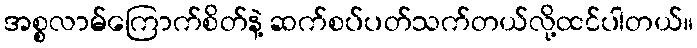
အစ္စလာမ်ကြောက်စိတ်နဲ့ ဆက်စပ်ပတ်သက်တယ်လို့ထင်ပါတယ်။